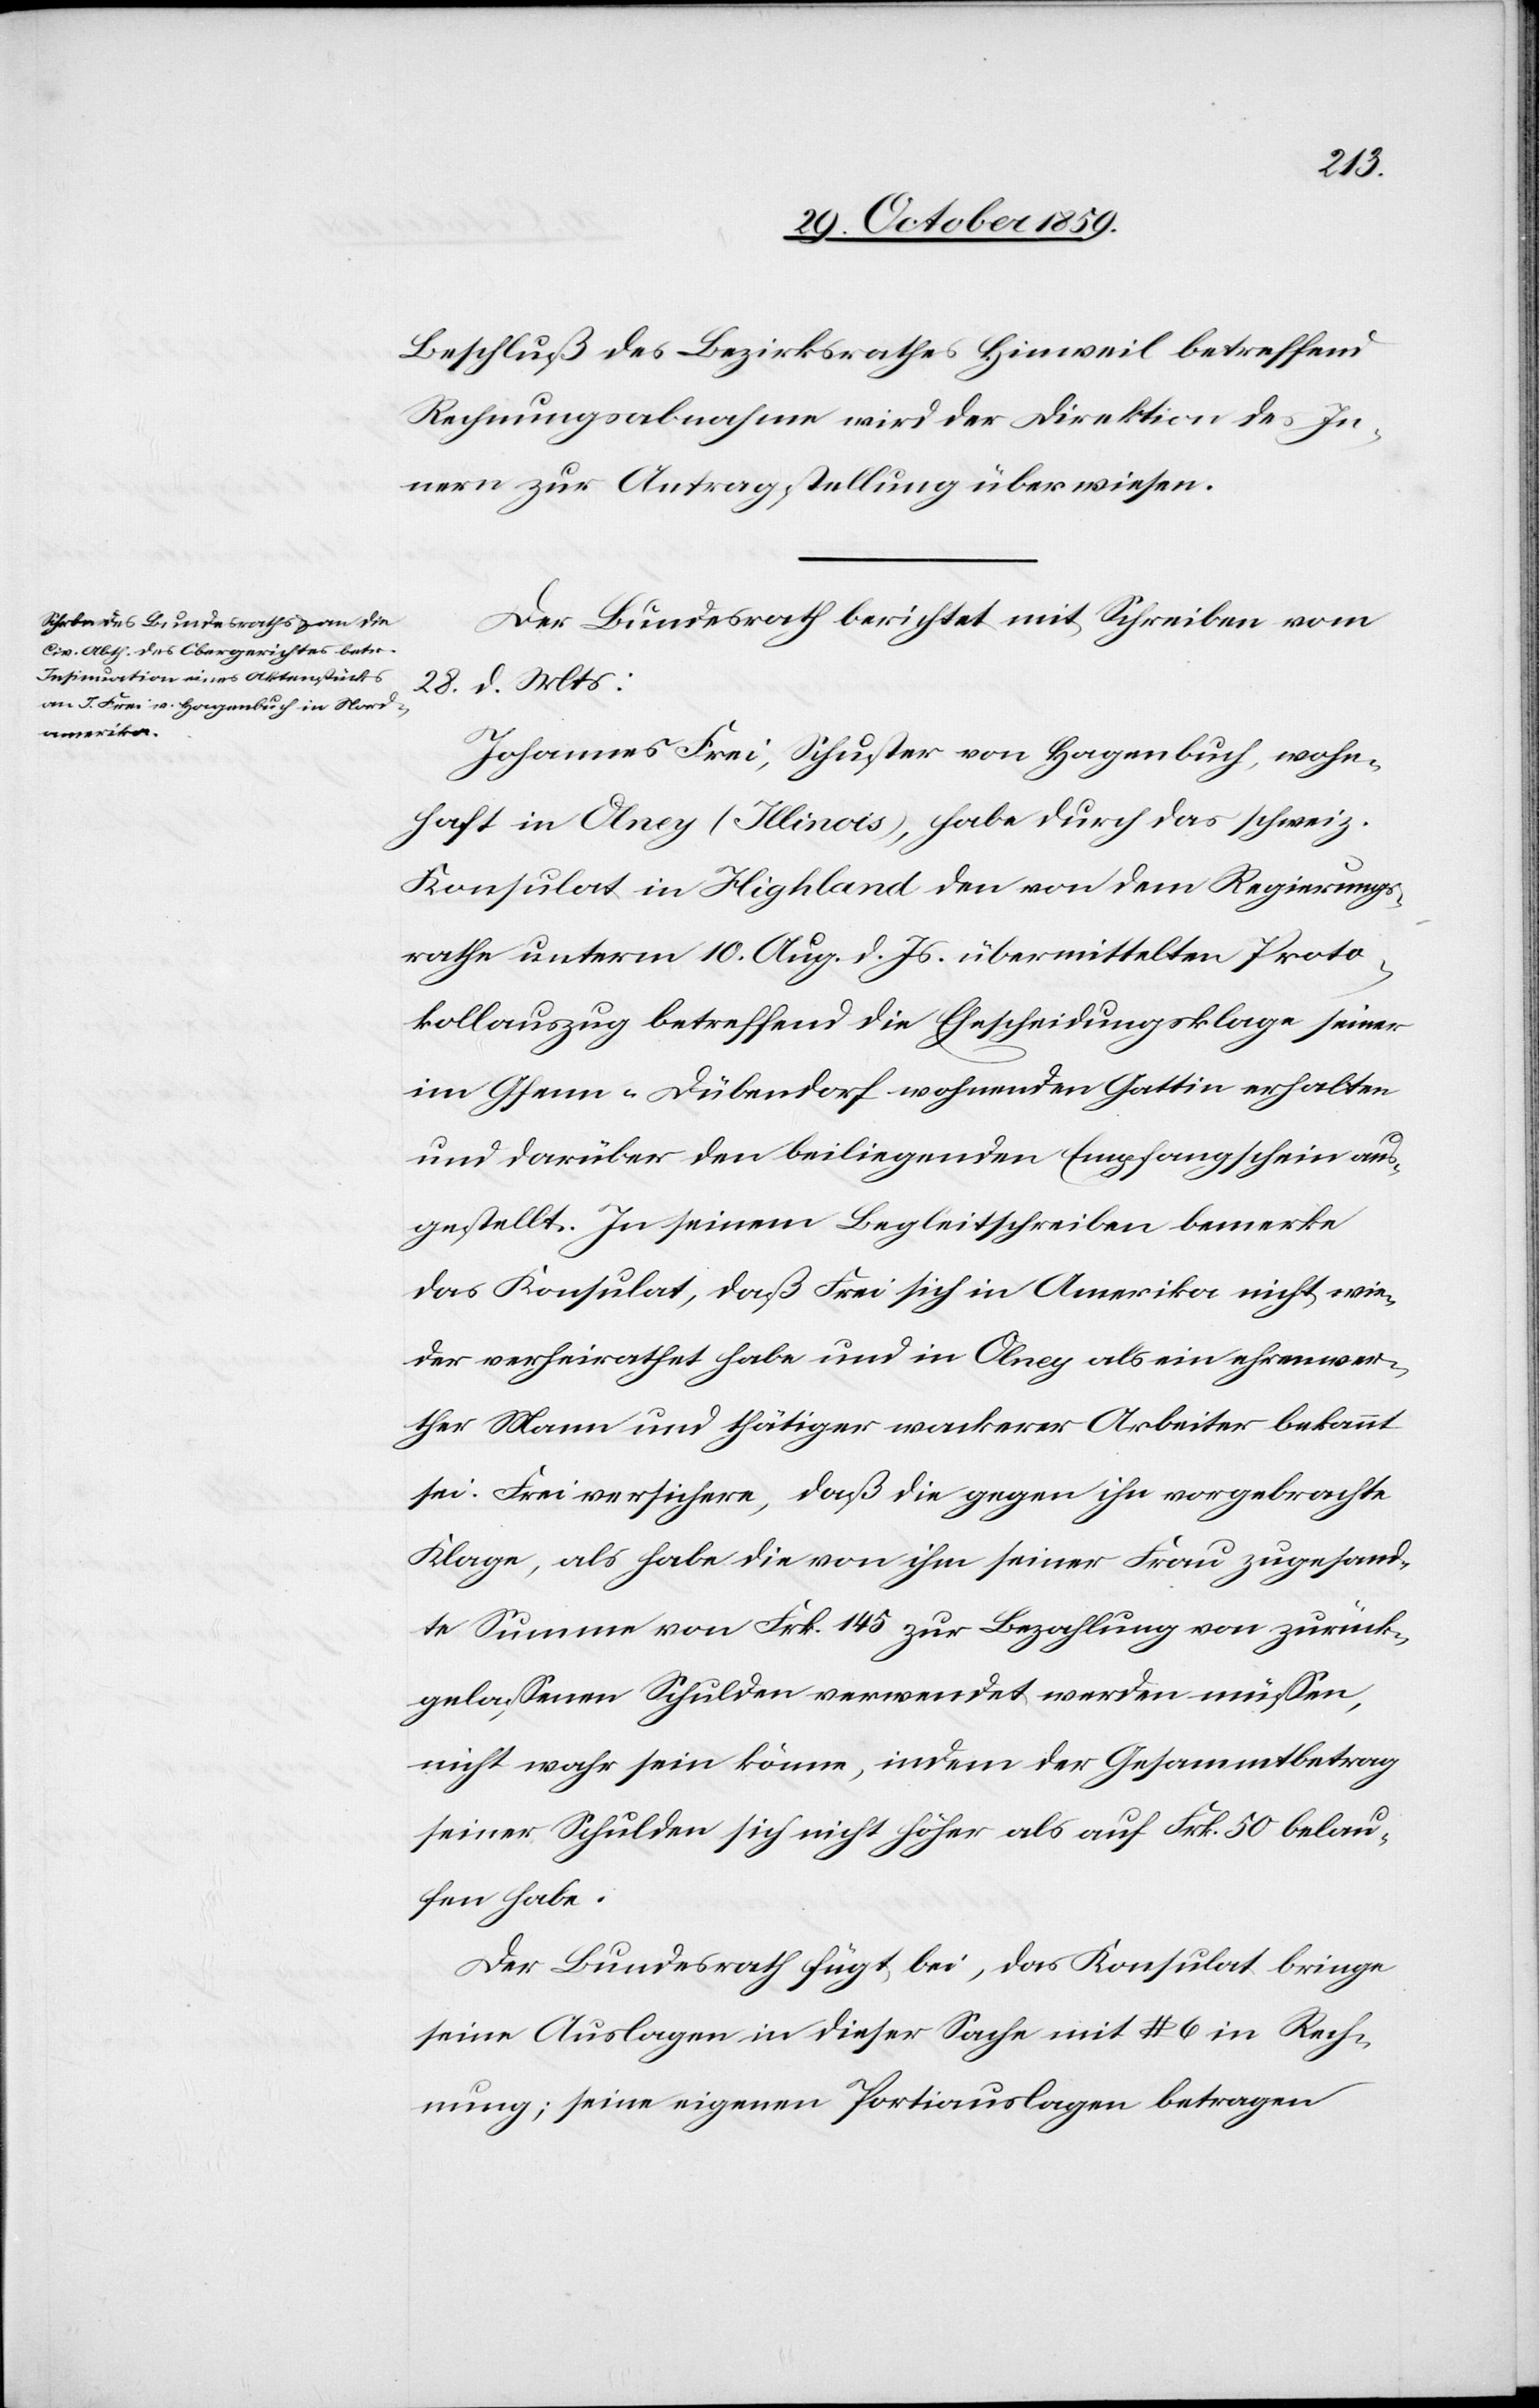
den
31. October 1859.]
Beschluß des Bezirksrathes Hinweil betreffend
Rechnungsabnahme wird der Direktion des In¬
nern zur Antragstellung überwiesen.
Der Bundesrath berichtet mit Schreiben vom
28. d. Mts:
Johannes Frei, Schuster von Hagenbuch, wohn¬
haft in Olney (Illinois), habe durch das schweiz.
Konsulat in Highland den von dem Regierungs¬
rathe unterm 10. Aug. d. Js. übermittelten Proto¬
kollauszug betreffend die Ehescheidungsklage seiner
im Gfenn Dübendorf wohnenden Gattin erhalten
und darüber den beiliegenden Empfangschein aus¬
gestellt. In seinem Begleitschreiben bemerke
das Konsulat, daß Frei sich in Amerika nicht wie¬
der verheirathet habe und in Olney als ein ehrenwer¬
ther Mann und thätiger wackerer Arbeiter bekannt
sei. Frei versichere, daß die gegen ihn vorgebrachte
Klage, als habe die von ihm seiner Frau zugesand¬
te Summe von Frk. 145 zur Bezahlung von zurück¬
gelassenen Schulden verwendet werden müssen,
nicht wahr sein könne, indem der Gesammtbetrag
seiner Schulden sich nicht höher als auf Frk. 50 belau¬
fen habe.
Der Bundesrath fügt bei, das Konsulat bringe
seine Auslagen in dieser Sache mit $ 6 in Rech¬
nung; seine eigenen Portiauslagen betragen